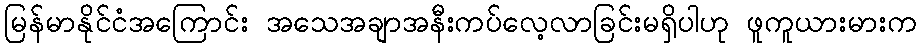
မြန်မာနိုင်ငံအကြောင်း အသေအချာအနီးကပ်လေ့လာခြင်းမရှိပါဟု ဖူကူယားမားက